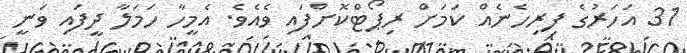
31 އަހަރުގެ ފިރިހެނެއް ކަމަށް ރިޕޯޓްކޮށްފައި ވެއެވެ. އެމީހާ ހަމަލާ ދީފައި ވަނީ